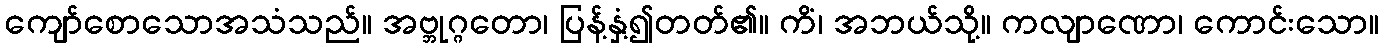
ကျော်စောသောအသံသည်။ အဗ္ဘုဂ္ဂတော၊ ပြန့်နှံ့၍တတ်၏။ ကိံ၊ အဘယ်သို့။ ကလျာဏော၊ ကောင်းသော။